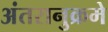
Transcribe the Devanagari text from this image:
अंतरानुक्रमे